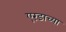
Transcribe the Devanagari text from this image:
एरंडाच्या